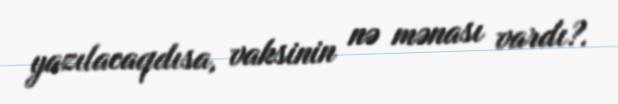
yazılacaqdısa, vaksinin nə mənası vardı?.